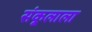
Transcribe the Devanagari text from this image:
संकूलाला